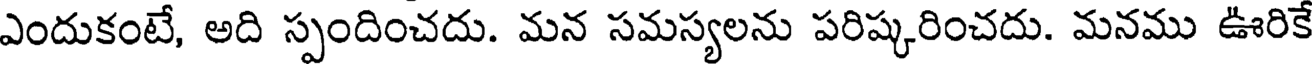
ఎందుకంటే, అది స్పందించదు. మన సమస్యలను పరిష్కరించదు. మనము ఊరికే